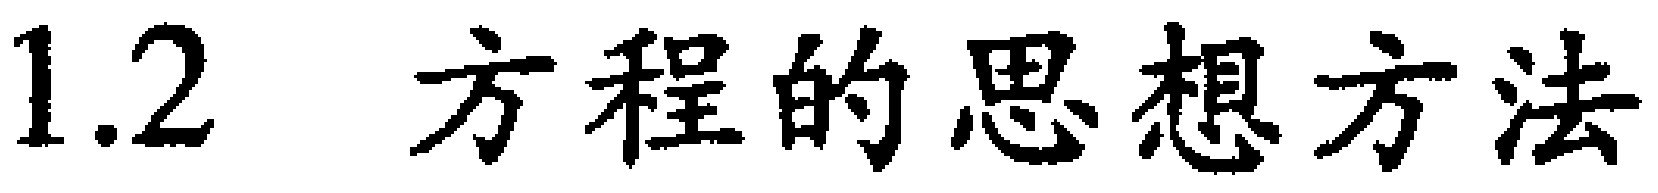
1.2  方程的思想方法